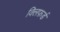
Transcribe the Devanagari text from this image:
क्लिफ़र्ड